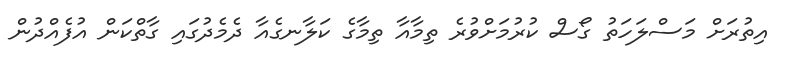
އިތުރަށް މަސްލަހަތު ގޯސް ކުރުމަށްވުރެ ތިމާއާ ތިމާގެ ކަލާނގެއާ ދެމެދުގައި ގާތްކަން އުފެއްދުން